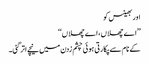
اور بھینس کو
’’اے چھلاں، اے چھلاں‘‘
کے نام سے پکارتی ہوئی چشم زدن میں نیچے اتر گئی۔